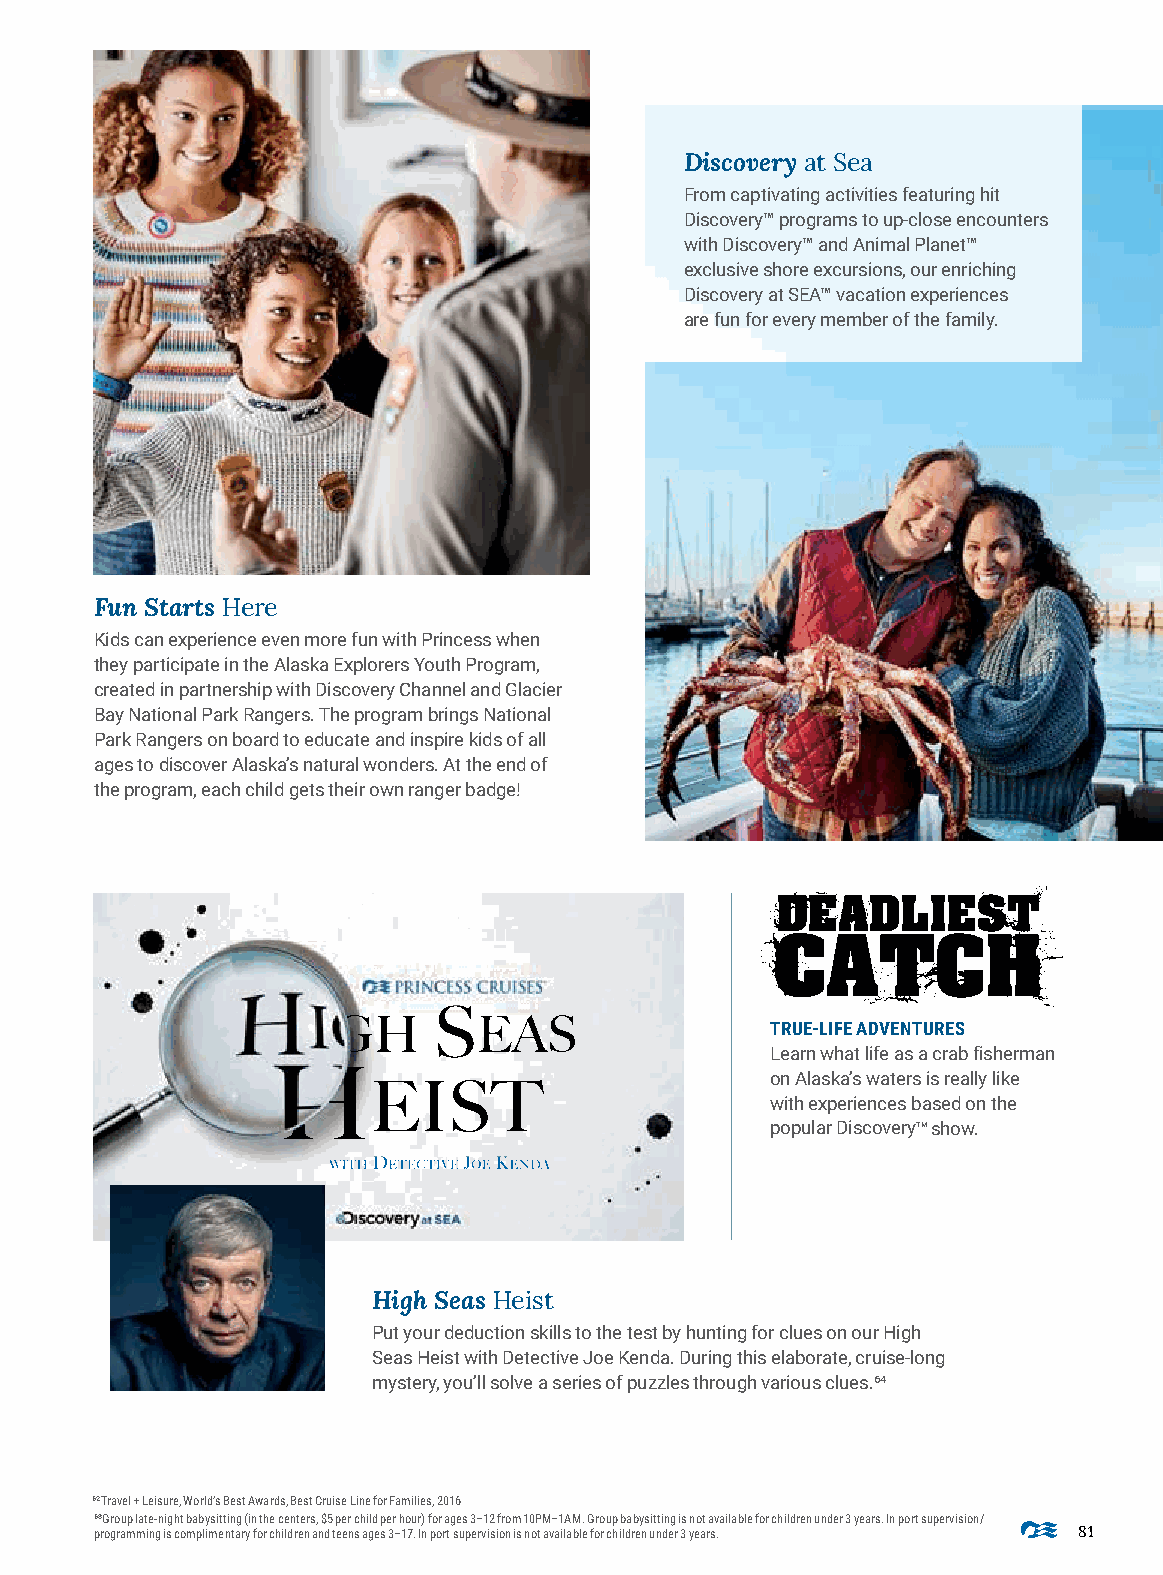
Discovery at Sea
 From captivating activities featuring hit
 Discovery™ programs to up-close encounters
 with Discovery™ and Animal Planet™
 exclusive shore excursions, our enriching
 Discovery at SEA™ vacation experiences
 are fun for every member of the family.
 Fun Starts Here
 Kids can experience even more fun with Princess when
 they participate in the Alaska Explorers Youth Program,
 created in partnership with Discovery Channel and Glacier
 Bay National Park Rangers. The program brings National
 Park Rangers on board to educate and inspire kids of all
 ages to discover Alaska’s natural wonders. At the end of
 the program, each child gets their own ranger badge!
 H           S
 IGH        EAS                TRUE-LIFE ADVENTURES
 Learn what life as a crab fisherman
 on Alaska’s waters is really like
 H
 EIST
 with experiences based on the
 popular DiscoveryTM show.
 WITH DETECTIVE JOE KENDA
 High Seas Heist
 Put your deduction skills to the test by hunting for clues on our High
 Seas Heist with Detective Joe Kenda. During this elaborate, cruise-long
 mystery, you’ll solve a series of puzzles through various clues.64
 6²Travel + Leisure, World’s Best Awards, Best Cruise Line for Families, 2016
 6³Group late-night babysitting (in the centers, $5 per child per hour) for ages 3–12 from 10PM–1AM. Group babysitting is not available for children under 3 years. In port supervision/
 programming is complimentary for children and teens ages 3–17. In port supervision is not available for children under 3 years. 81